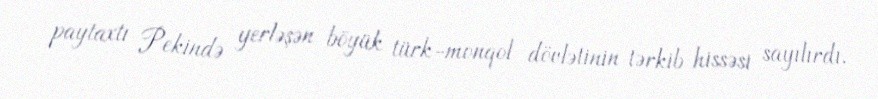
paytaxtı Pekində yerləşən böyük türk-monqol dövlətinin tərkib hissəsi sayılırdı.